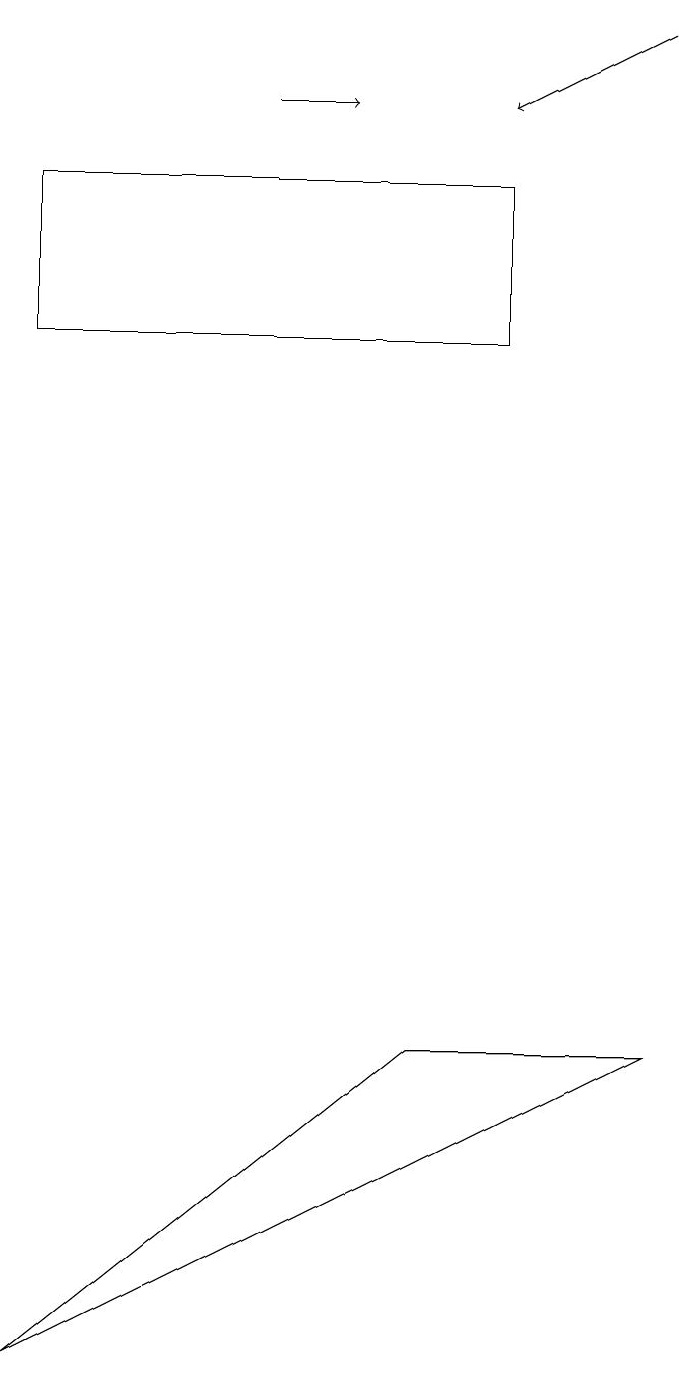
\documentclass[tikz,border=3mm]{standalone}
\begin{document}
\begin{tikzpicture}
\draw[->] (4,16) -- (5,16);
\draw (9,4) -- (1,0) -- (6,4) -- cycle;
\draw[->] (9,17) -- (7,16);
\draw (1,15) rectangle (7,13);
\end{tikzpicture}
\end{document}